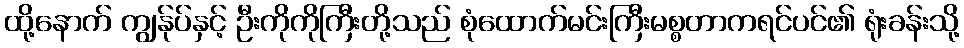
ထို့နောက် ကျွန်ုပ်နှင့် ဦးကိုကိုကြီးတို့သည် စုံထောက်မင်းကြီးမစ္စတာကရင်ပင်၏ ရုံးခန်းသို့